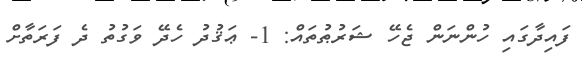
ފައިދާގައި ހުންނަން ޖެހޭ ޝަރުޠުތައް: 1- ޢަޤުދު ހެދޭ ވަގުތު ދެ ފަރަތާށް